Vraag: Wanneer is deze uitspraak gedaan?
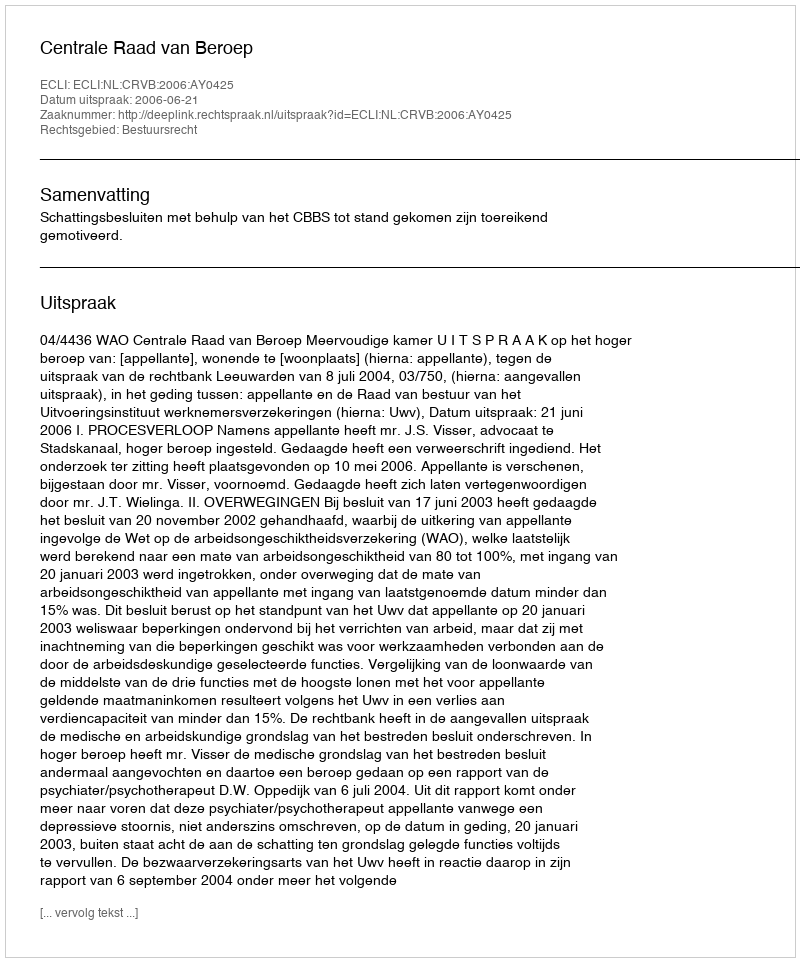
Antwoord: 2006-06-21